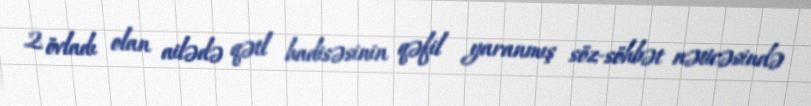
2 övladı olan ailədə qətl hadisəsinin qəfil yaranmış söz-söhbət nəticəsində